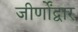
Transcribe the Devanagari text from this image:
जीर्णोंद्वार